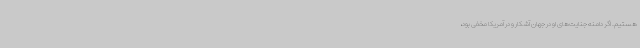
هستیم. اگر دامنه جنایت‌های او در جهان آشکار و در آمریکا مخفی بود،